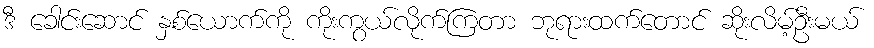
ဒီ ခေါင်းဆောင် နှစ်ယောက်ကို ကိုးကွယ်လိုက်ကြတာ ဘုရားထက်တောင် ဆိုးလိမ့်ဦးမယ်